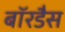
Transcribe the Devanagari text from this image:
बॉरडैस